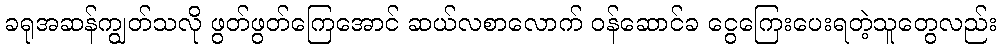
ခရုအဆန်ကျွတ်သလို ဖွတ်ဖွတ်ကြေအောင် ဆယ်လစာလောက် ဝန်ဆောင်ခ ငွေကြေးပေးရတဲ့သူတွေလည်း